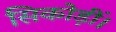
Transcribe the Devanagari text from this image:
सिकोड़ीं।